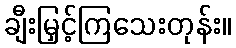
ချီးမြှင့်ကြသေးတုန်း။